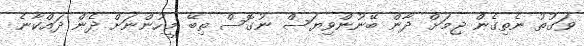
ވަގުތު ނެތިގެން ޖިމަށް ދާން ބޭނުންވިޔަސް ނުގޮސް ތިބޭ މީހުންނަށް ދެން ދައްކާނެ